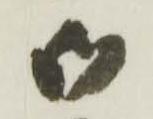
御